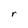
Character: r